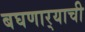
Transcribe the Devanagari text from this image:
बघणार्‍याची